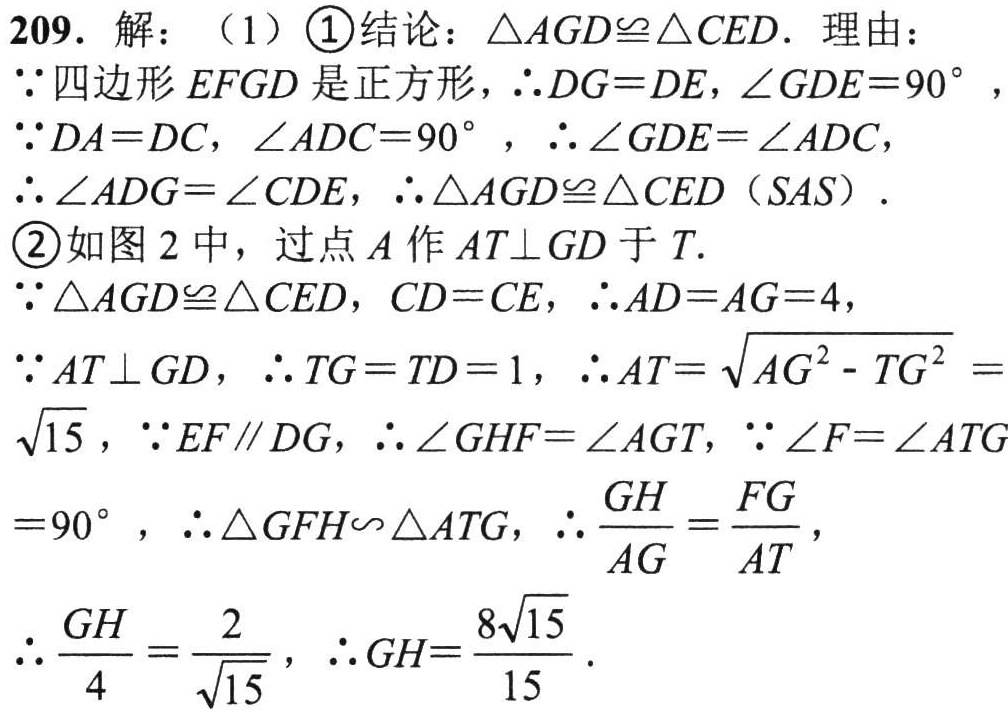
209. 解：（1）\textcircled{1}结论：\(\triangle AGD\cong\triangle CED\). 理由：

\(\because\)四边形\(EFGD\)是正方形，\(\therefore DG = DE\)，\(\angle GDE = 90^{\circ}\)，

\(\because DA = DC\)，\(\angle ADC = 90^{\circ}\)，\(\therefore\angle GDE=\angle ADC\)，

\(\therefore\angle ADG=\angle CDE\)，\(\therefore\triangle AGD\cong\triangle CED\)（\(SAS\)）.

\textcircled{2}如图 2 中，过点\(A\)作\(AT\perp GD\)于\(T\).

\(\because\triangle AGD\cong\triangle CED\)，\(CD = CE\)，\(\therefore AD = AG = 4\)，

\(\because AT\perp GD\)，\(\therefore TG = TD = 1\)，\(\therefore AT=\sqrt{AG^{2}-TG^{2}}=\sqrt{15}\)，\(\because EF\parallel DG\)，\(\therefore\angle GHF=\angle AGT\)，\(\because\angle F=\angle ATG = 90^{\circ}\)，\(\therefore\triangle GFH\sim\triangle ATG\)，\(\therefore\frac{GH}{AG}=\frac{FG}{AT}\)，

\(\therefore\frac{GH}{4}=\frac{2}{\sqrt{15}}\)，\(\therefore GH=\frac{8\sqrt{15}}{15}\).